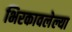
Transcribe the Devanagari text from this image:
भिरकावलेल्या